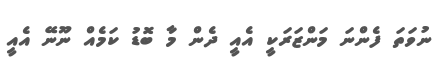
ނުވަތަ ފެންނަ މަންޒަރަކީ އެއީ ދެން މާ ބޮޑު ކަމެއް ނޫނޭ އެއީ